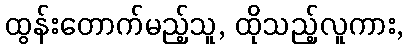
ထွန်းတောက်မည့်သူ, ထိုသည့်လူကား,